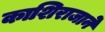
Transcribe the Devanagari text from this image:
काशिराजाने